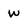
Character: w